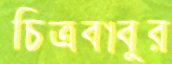
চিত্রবাবুর